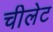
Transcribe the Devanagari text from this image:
चीलेट